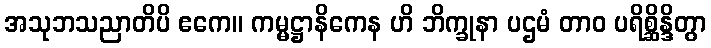
အသုဘသညာတိပိ ဧကေ။ ကမ္မဋ္ဌာနိကေန ဟိ ဘိက္ခုနာ ပဌမံ တာဝ ပရိစ္ဆိန္ဒိတွာ